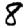
Digit: 8